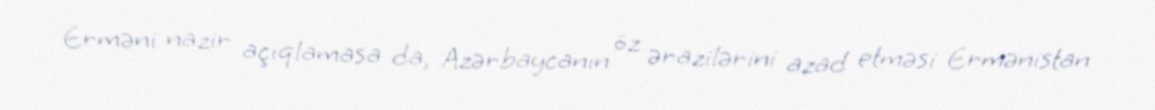
Erməni nazir açıqlamasa da, Azərbaycanın öz ərazilərini azad etməsi Ermənistan